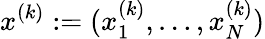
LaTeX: x^{(k)}:=(x_{1}^{(k)},\ldots,x_{N}^{(k)})